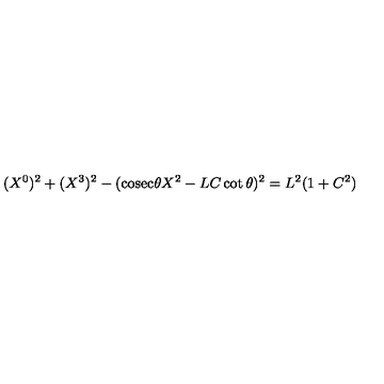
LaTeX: ( X ^ { 0 } ) ^ { 2 } + ( X ^ { 3 } ) ^ { 2 } - ( \mathrm { c o s e c } \theta X ^ { 2 } - L C \cot \theta ) ^ { 2 } = L ^ { 2 } ( 1 + C ^ { 2 } )